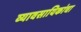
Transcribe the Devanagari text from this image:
व्यावसायिकांचा